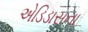
એડિડાસના